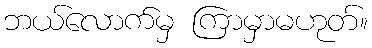
ဘယ်လောက်မှ ကြာမှာမဟုတ်။